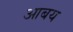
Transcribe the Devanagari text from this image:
आबय